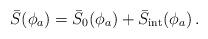
LaTeX: \begin{align*}\bar{S}(\phi_a)=\bar{S}_0(\phi_a)+\bar{S}_{\rm int}(\phi_a)\,.\end{align*}